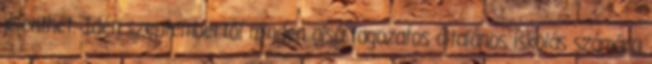
jelenthet. Idén szeptembertől minden alsó tagozatos általános iskolás számára